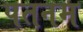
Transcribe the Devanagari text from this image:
पतनम